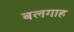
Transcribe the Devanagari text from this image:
बलगाह